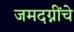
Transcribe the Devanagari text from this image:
जमदग्नींचे